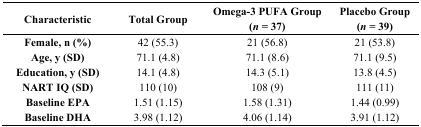
| Characteristic | Total Group | Omega-3 PUFA Group (n = 37) | Placebo Group (n = 39) |
 | --- | --- | --- | --- |
 | Female, n (%) | 42 (55.3) | 21 (56.8) | 21 (53.8) |
 | Age, y (SD) | 71.1 (4.8) | 71.1 (8.6) | 71.1 (9.5) |
 | Education, y (SD) | 14.1 (4.8) | 14.3 (5.1) | 13.8 (4.5) |
 | NART IQ (SD) | 110 (10) | 108 (9) | 111 (11) |
 | Baseline EPA | 1.51 (1.15) | 1.58 (1.31) | 1.44 (0.99) |
 | Baseline DHA | 3.98 (1.12) | 4.06 (1.14) | 3.91 (1.12) |